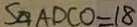
S _ { \square A D C O } = 1 8